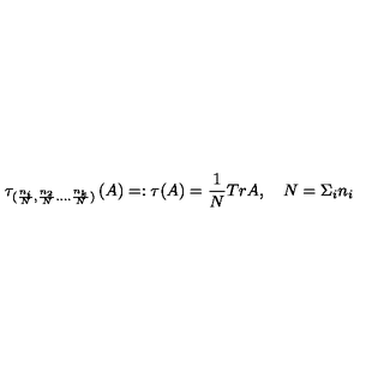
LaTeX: \tau _ { ( \frac { n _ { i } } { N } , \frac { n _ { 2 } } { N } . . . . \frac { n _ { k } } { N } ) } \left( A \right) = : \tau ( A ) = \frac { 1 } { N } T r A , \quad N = \Sigma _ { i } n _ { i }